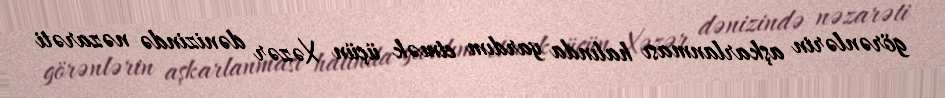
görənlərin aşkarlanması halında yardım etmək üçün Xəzər dənizində nəzarəti